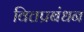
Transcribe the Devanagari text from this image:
वित्तप्रबंधन